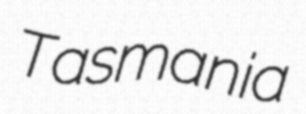
Tasmania